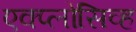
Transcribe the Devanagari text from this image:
एक्प्लोसिव्ह